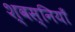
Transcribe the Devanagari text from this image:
श्वस्नियाँ